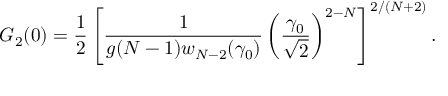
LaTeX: G _ { 2 } ( 0 ) = { \frac { 1 } { 2 } } \left[ { \frac { 1 } { g ( N - 1 ) w _ { N - 2 } ( \gamma _ { 0 } ) } } \left( \frac { \gamma _ { 0 } } { \sqrt { 2 } } \right) ^ { 2 - N } \right] ^ { 2 / ( N + 2 ) } .